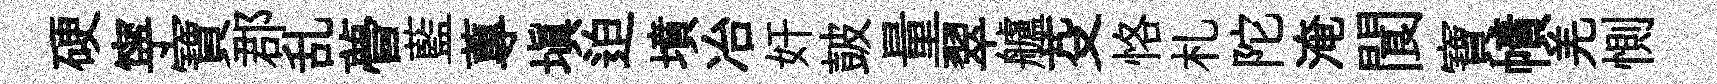
硬寜寶郡乱瞢藍蓴塡迫墳冶奸皷量翠艫芟恪札陀淹閬寶幘羌惻